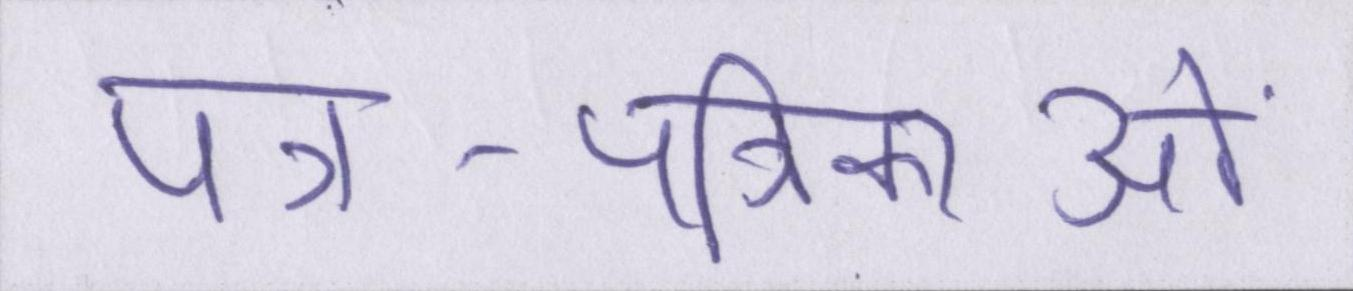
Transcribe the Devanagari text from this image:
पत्र-पत्रिकाओं